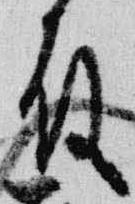
殿